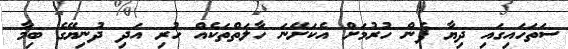
ސަތަހައިގައި ދިޔާ ފެން ހުރުމަށް އެކަށޭނަ ހާލަތްތަކެއް ހުރި އަދި ދުނިޔޭގެ ބިމާ